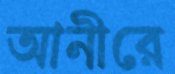
আনীরে